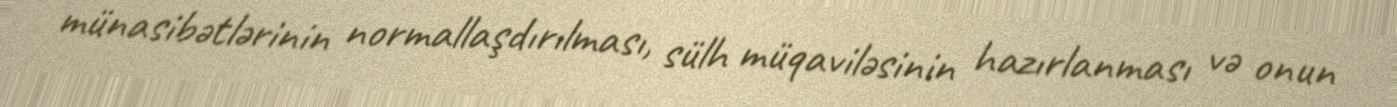
münasibətlərinin normallaşdırılması, sülh müqaviləsinin hazırlanması və onun